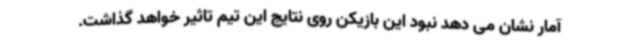
آمار نشان می دهد نبود این بازیکن روی نتایج این تیم تاثیر خواهد گذاشت.